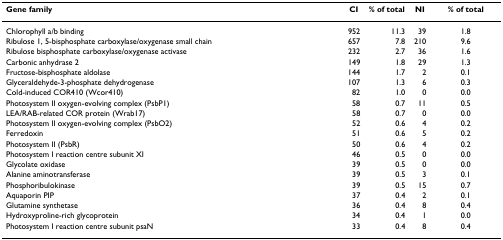
| Gene family | CI | % of total | NI | % of total |
 | --- | --- | --- | --- | --- |
 | Chlorophyll a/b binding | 952 | 11.3 | 39 | 1.8 |
 | Ribulose 1, 5-bisphosphate carboxylase/oxygenase small chain | 657 | 7.8 | 210 | 9.6 |
 | Ribulose bisphosphate carboxylase/oxygenase activase | 232 | 2.7 | 36 | 1.6 |
 | Carbonic anhydrase 2 | 149 | 1.8 | 29 | 1.3 |
 | Fructose-bisphosphate aldolase | 144 | 1.7 | 2 | 0.1 |
 | Glyceraldehyde-3-phosphate dehydrogenase | 107 | 1.3 | 6 | 0.3 |
 | Cold-induced COR410 (Wcor410) | 82 | 1.0 | 0 | 0.0 |
 | Photosystem II oxygen-evolving complex (PsbP1) | 58 | 0.7 | 11 | 0.5 |
 | LEA/RAB-related COR protein (Wrab17) | 58 | 0.7 | 0 | 0.0 |
 | Photosystem II oxygen-evolving complex (PsbO2) | 52 | 0.6 | 4 | 0.2 |
 | Ferredoxin | 51 | 0.6 | 5 | 0.2 |
 | Photosystem II (PsbR) | 50 | 0.6 | 4 | 0.2 |
 | Photosystem I reaction centre subunit XI | 46 | 0.5 | 0 | 0.0 |
 | Glycolate oxidase | 39 | 0.5 | 0 | 0.0 |
 | Alanine aminotransferase | 39 | 0.5 | 3 | 0.1 |
 | Phosphoribulokinase | 39 | 0.5 | 15 | 0.7 |
 | Aquaporin PIP | 37 | 0.4 | 2 | 0.1 |
 | Glutamine synthetase | 36 | 0.4 | 8 | 0.4 |
 | Hydroxyproline-rich glycoprotein | 34 | 0.4 | 1 | 0.0 |
 | Photosystem I reaction centre subunit psaN | 33 | 0.4 | 8 | 0.4 |